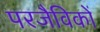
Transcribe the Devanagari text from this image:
परजैविकों